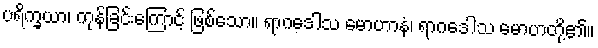
ပရိက္ခယာ၊ ကုန်ခြင်းကြောင့် ဖြစ်သော။ ရာဂဒေါသ မောဟာနံ၊ ရာဂဒေါသ မောဟတို့၏။